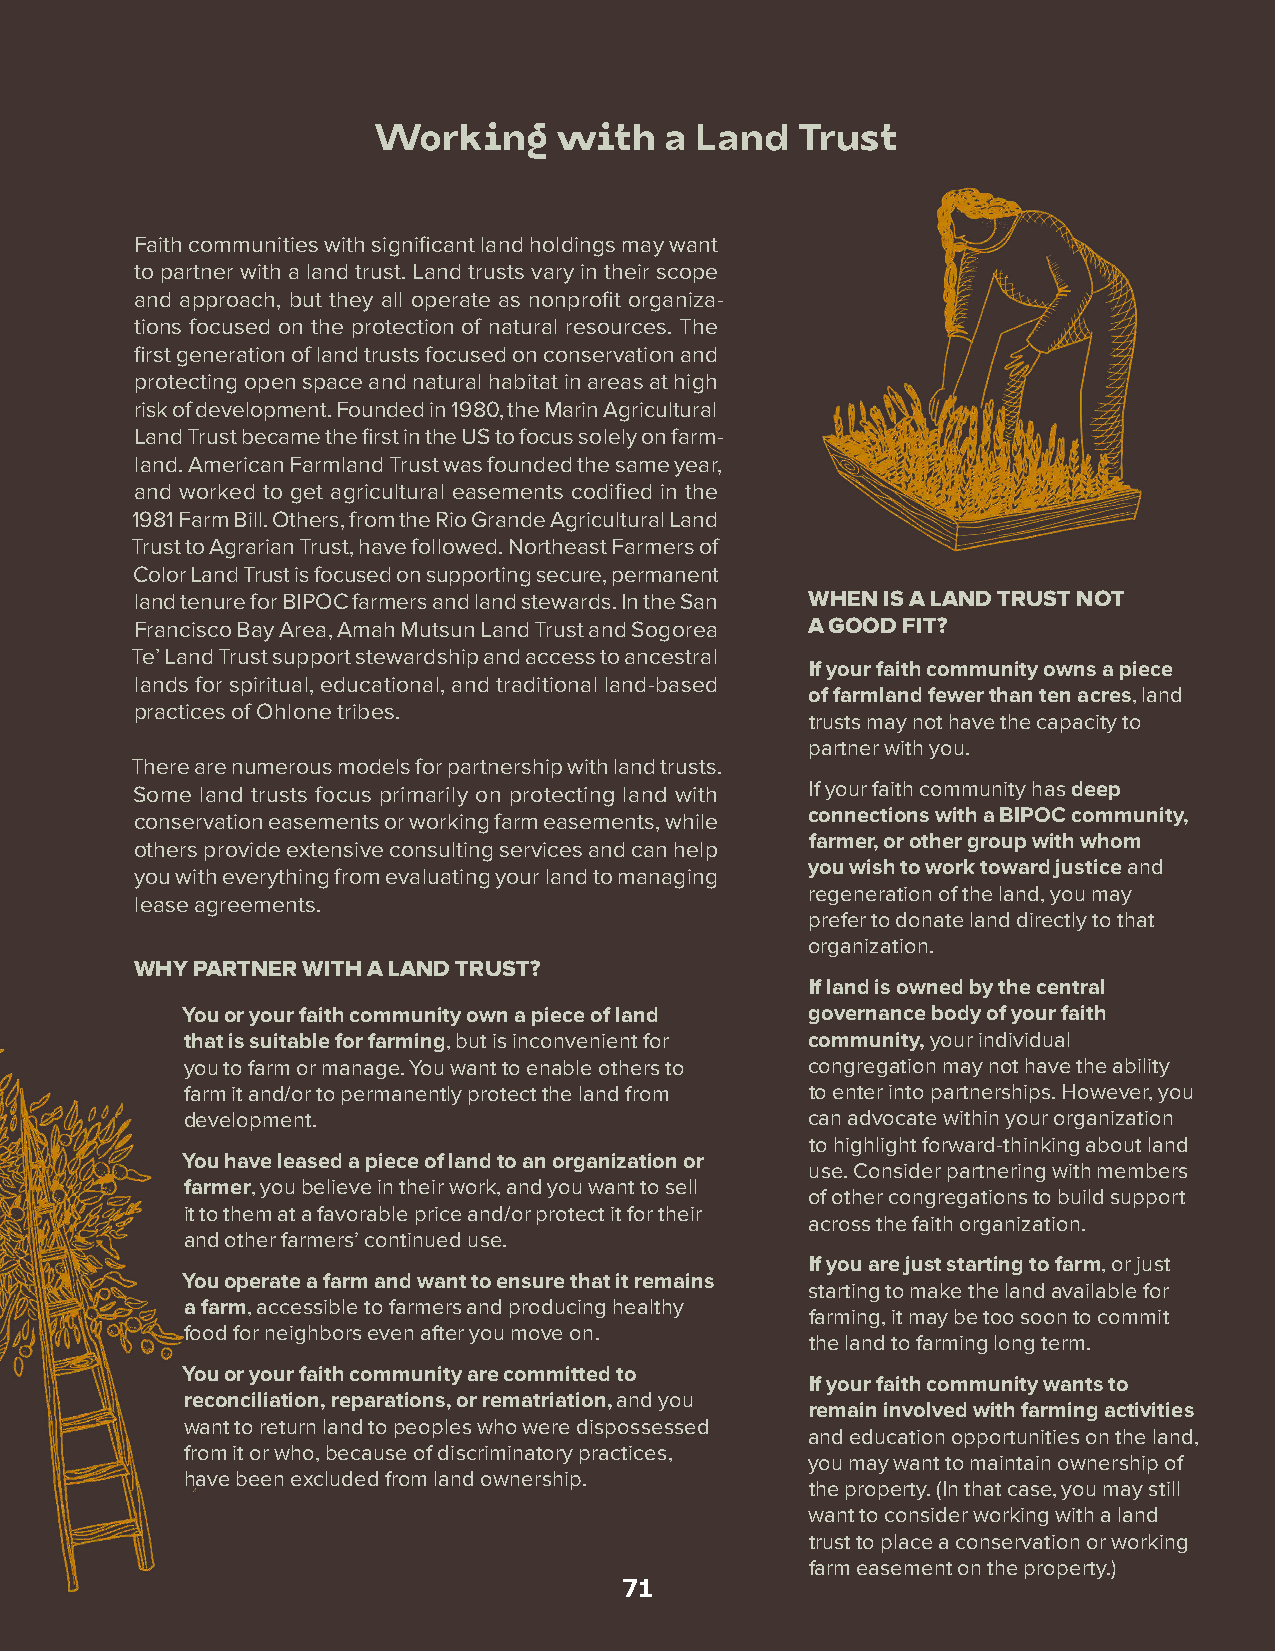
Working     with   a Land   Trust
 Faith communities with significant land holdings may want
 to partner with a land trust. Land trusts vary in their scope
 and approach, but they all operate as nonprofit organiza-
 tions focused on the protection of natural resources. The
 first generation of land trusts focused on conservation and
 protecting open space and natural habitat in areas at high
 risk of development. Founded in 1980, the Marin Agricultural
 Land Trust became the first in the US to focus solely on farm-
 land. American Farmland Trust was founded the same year,
 and worked to get agricultural easements codified in the
 1981 Farm Bill. Others, from the Rio Grande Agricultural Land
 Trust to Agrarian Trust, have followed. Northeast Farmers of
 Color Land Trust is focused on supporting secure, permanent
 land tenure for BIPOC farmers and land stewards. In the San WHEN IS A LAND TRUST NOT
 Francisco Bay Area, Amah Mutsun Land Trust and Sogorea A GOOD FIT?
 Te’ Land Trust support stewardship and access to ancestral
 If your faith community owns a piece
 lands for spiritual, educational, and traditional land-based
 of farmland fewer than ten acres, land
 practices of Ohlone tribes.
 trusts may not have the capacity to
 partner with you.
 There are numerous models for partnership with land trusts.
 Some land trusts focus primarily on protecting land with If your faith community has deep
 connections with a BIPOC community,
 conservation easements or working farm easements, while
 farmer, or other group with whom
 others provide extensive consulting services and can help
 you wish to work toward justice and
 you with everything from evaluating your land to managing
 regeneration of the land, you may
 lease agreements.
 prefer to donate land directly to that
 organization.
 WHY PARTNER WITH A LAND TRUST?
 If land is owned by the central
 You or your faith community own a piece of land governance body of your faith
 that is suitable for farming, but is inconvenient for community, your individual
 you to farm or manage. You want to enable others to congregation may not have the ability
 farm it and/or to permanently protect the land from to enter into partnerships. However, you
 development.                              can advocate within your organization
 to highlight forward-thinking about land
 You have leased a piece of land to an organization or
 use. Consider partnering with members
 farmer, you believe in their work, and you want to sell
 of other congregations to build support
 it to them at a favorable price and/or protect it for their
 across the faith organization.
 and other farmers’ continued use.
 If you are just starting to farm, or just
 You operate a farm and want to ensure that it remains
 starting to make the land available for
 a farm, accessible to farmers and producing healthy
 farming, it may be too soon to commit
 food for neighbors even after you move on.
 the land to farming long term.
 You or your faith community are committed to
 If your faith community wants to
 reconciliation, reparations, or rematriation, and you
 remain involved with farming activities
 want to return land to peoples who were dispossessed
 and education opportunities on the land,
 from it or who, because of discriminatory practices,
 you may want to maintain ownership of
 have been excluded from land ownership.
 the property. (In that case, you may still
 want to consider working with a land
 trust to place a conservation or working
 farm easement on the property.)
 71